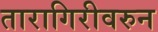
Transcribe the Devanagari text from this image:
तारागिरीवरुन